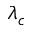
\lambda _ { c }